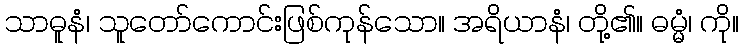
သာဓူနံ၊ သူတော်ကောင်းဖြစ်ကုန်သော။ အရိယာနံ၊ တို့၏။ ဓမ္မံ၊ ကို။